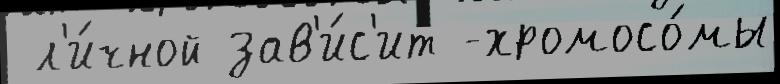
 л'и́чной зав'и́с'ит -хромосо́мы